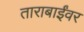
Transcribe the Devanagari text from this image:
ताराबाईंवर